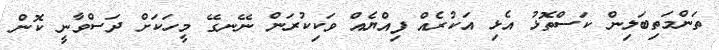
ތަންމަތިބަލިން ކަސްތޮޅު އެޅި އަކުރެއް ފިއްޔެއް ވަކިކުރަން ނޭނގޭ މީހަކަށް ދަސްވާނީ ކޮން